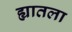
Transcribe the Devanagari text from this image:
ह्यातला